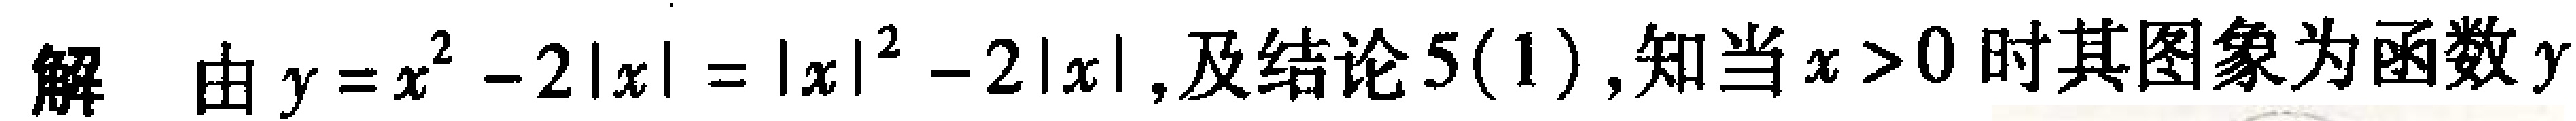
解 由$y = x^{2}-2|x| = |x|^{2}-2|x|$,及结论5(1),知当$x > 0$时其图象为函数$y$